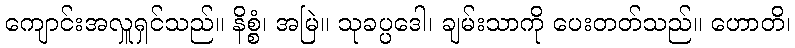
ကျောင်းအလှူရှင်သည်။ နိစ္စံ၊ အမြဲ။ သုခပ္ပဒေါ၊ ချမ်းသာကို ပေးတတ်သည်။ ဟောတိ၊